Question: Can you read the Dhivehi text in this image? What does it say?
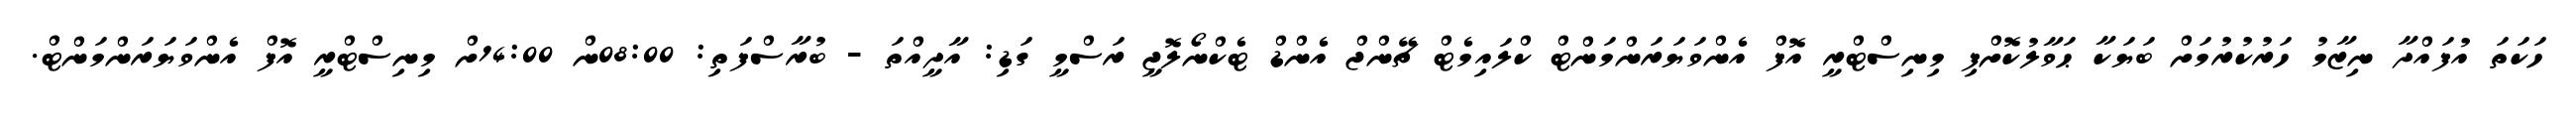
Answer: ހަކަތަ އުފައްދާ ނިޒާމު ހަރުކުރުމަށް ބަޔަކާ ޙަވާލުކޮށްފި މިނިސްޓްރީ އޮފް އެންވަޔަރަންމަންޓް ކްލައިމެޓް ޗޭންޖް އެންޑް ޓެކްނޯލޮޖީ ރަސްމީ ގަޑި: އާދީއްތަ - ބުރާސްފަތި: 08:00ން 14:00ށް މިނިސްޓްރީ އޮފް އެންވަޔަރަންމަންޓް.